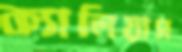
ক্যালিয়াস